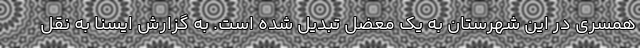
همسری در این شهرستان به یک معضل تبدیل شده است. به گزارش ایسنا به نقل